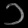
Digit: ၁